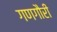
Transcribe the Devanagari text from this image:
गणगौरी